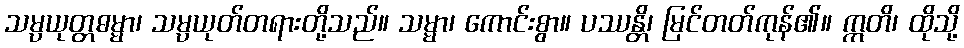
သမ္ပယုတ္တဓမ္မာ၊ သမ္ပယုတ်တရားတို့သည်။ သမ္မာ၊ ကောင်းစွာ။ ပဿန္တိ၊ မြင်တတ်ကုန်၏။ ဣတိ၊ ထိုသို့